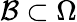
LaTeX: {\mathcal{B}}\subset{\Omega}